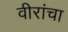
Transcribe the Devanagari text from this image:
वीरांचा